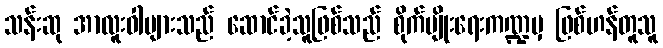
သန်းဆု အာလူးဝါများသည် ဆောင်ခဲ့သူဖြစ်သည် စိုက်ပျိုးရေးကဏ္ဍမှ ဖြစ်ဟန်တူသူ